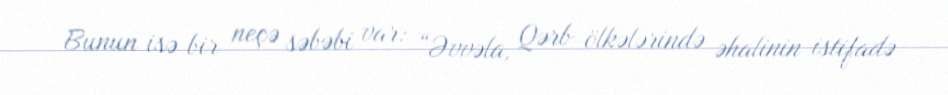
Bunun isə bir neçə səbəbi var: “Əvvəla, Qərb ölkələrində əhalinin istifadə